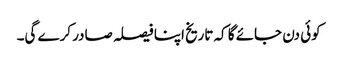
کوئی دن جائے گا کہ تاریخ اپنا فیصلہ صادر کرے گی۔